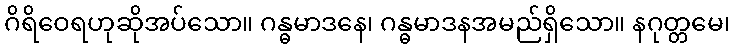
ဂိရိဝေရဟုဆိုအပ်သော။ ဂန္ဓမာဒနေ၊ ဂန္ဓမာဒနအမည်ရှိသော။ နဂုတ္တမေ၊